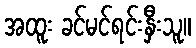
အထူး ခင်မင်ရင်းနှီးသူ။